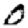
Digit: 0